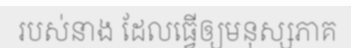
របស់នាង ដែលធ្វើឲ្យមនុស្សភាគ